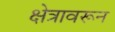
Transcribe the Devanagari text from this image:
क्षेत्रावरून